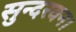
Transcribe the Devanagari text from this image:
सुन्दरवन।